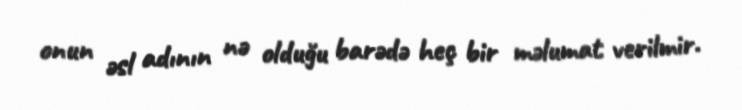
onun əsl adının nə olduğu barədə heç bir məlumat verilmir.